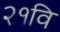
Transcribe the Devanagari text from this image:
२१वि